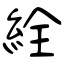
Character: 絟